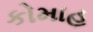
કોમાહ